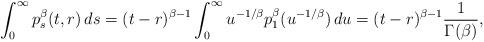
LaTeX: \begin{align*}\int_0^{\infty} p_s^{\beta}(t,r)\,ds &= (t-r)^{\beta-1} \int_0^{\infty} u^{-1/\beta} p^{\beta}_1 (u^{-1/\beta})\,du = (t-r)^{\beta-1}\frac{1}{\Gamma(\beta)}, \end{align*}